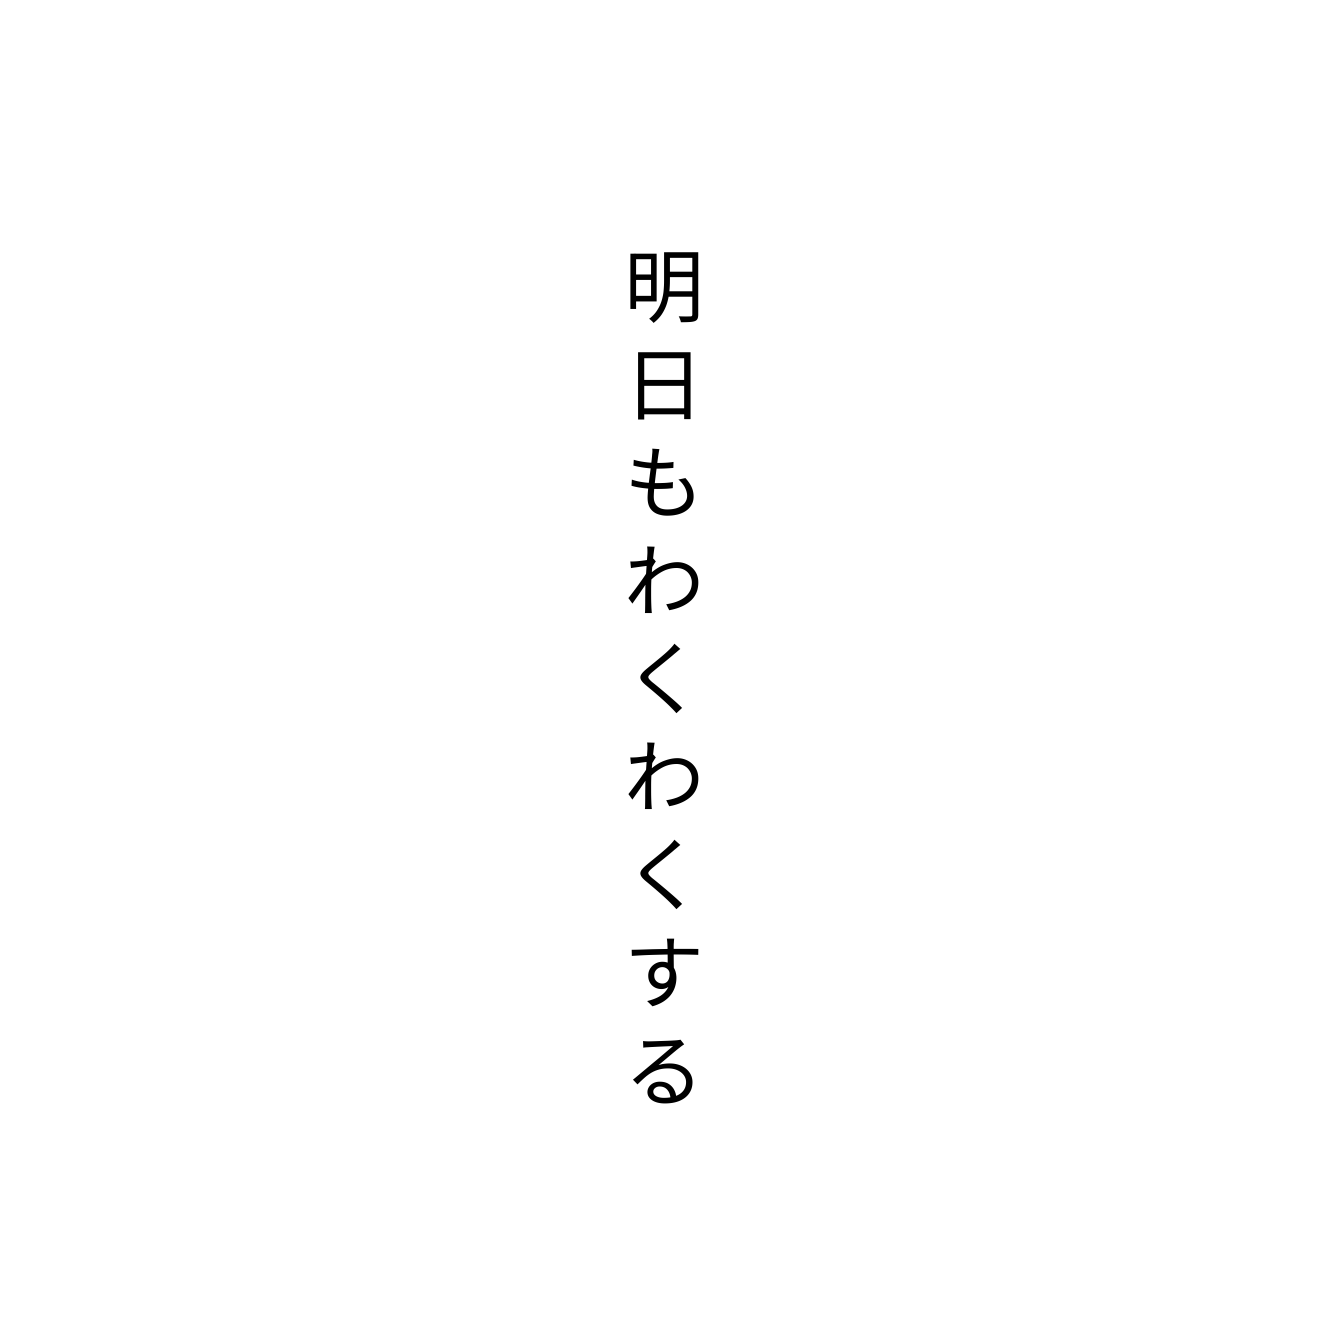
明日もわくわくする